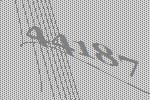
44187